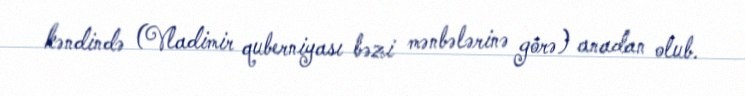
kəndində (Vladimir quberniyası bəzi mənbələrinə görə) anadan olub.